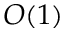
O ( 1 )